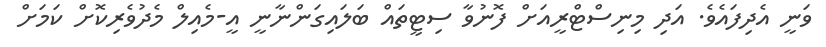
ވަނީ އެދިފައެވެ. އަދި މިނިސްޓްރީއަށް ފޮނުވާ ސިޓީތައް ބަލައިގަންނާނީ އީ-މެއިލް މެދުވެރިކޮށް ކަމަށް